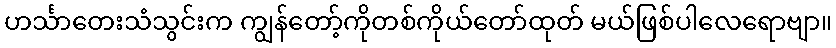
ဟင်္သာတေးသံသွင်းက ကျွန်တော့်ကိုတစ်ကိုယ်တော်ထုတ် မယ်ဖြစ်ပါလေရောဗျာ။